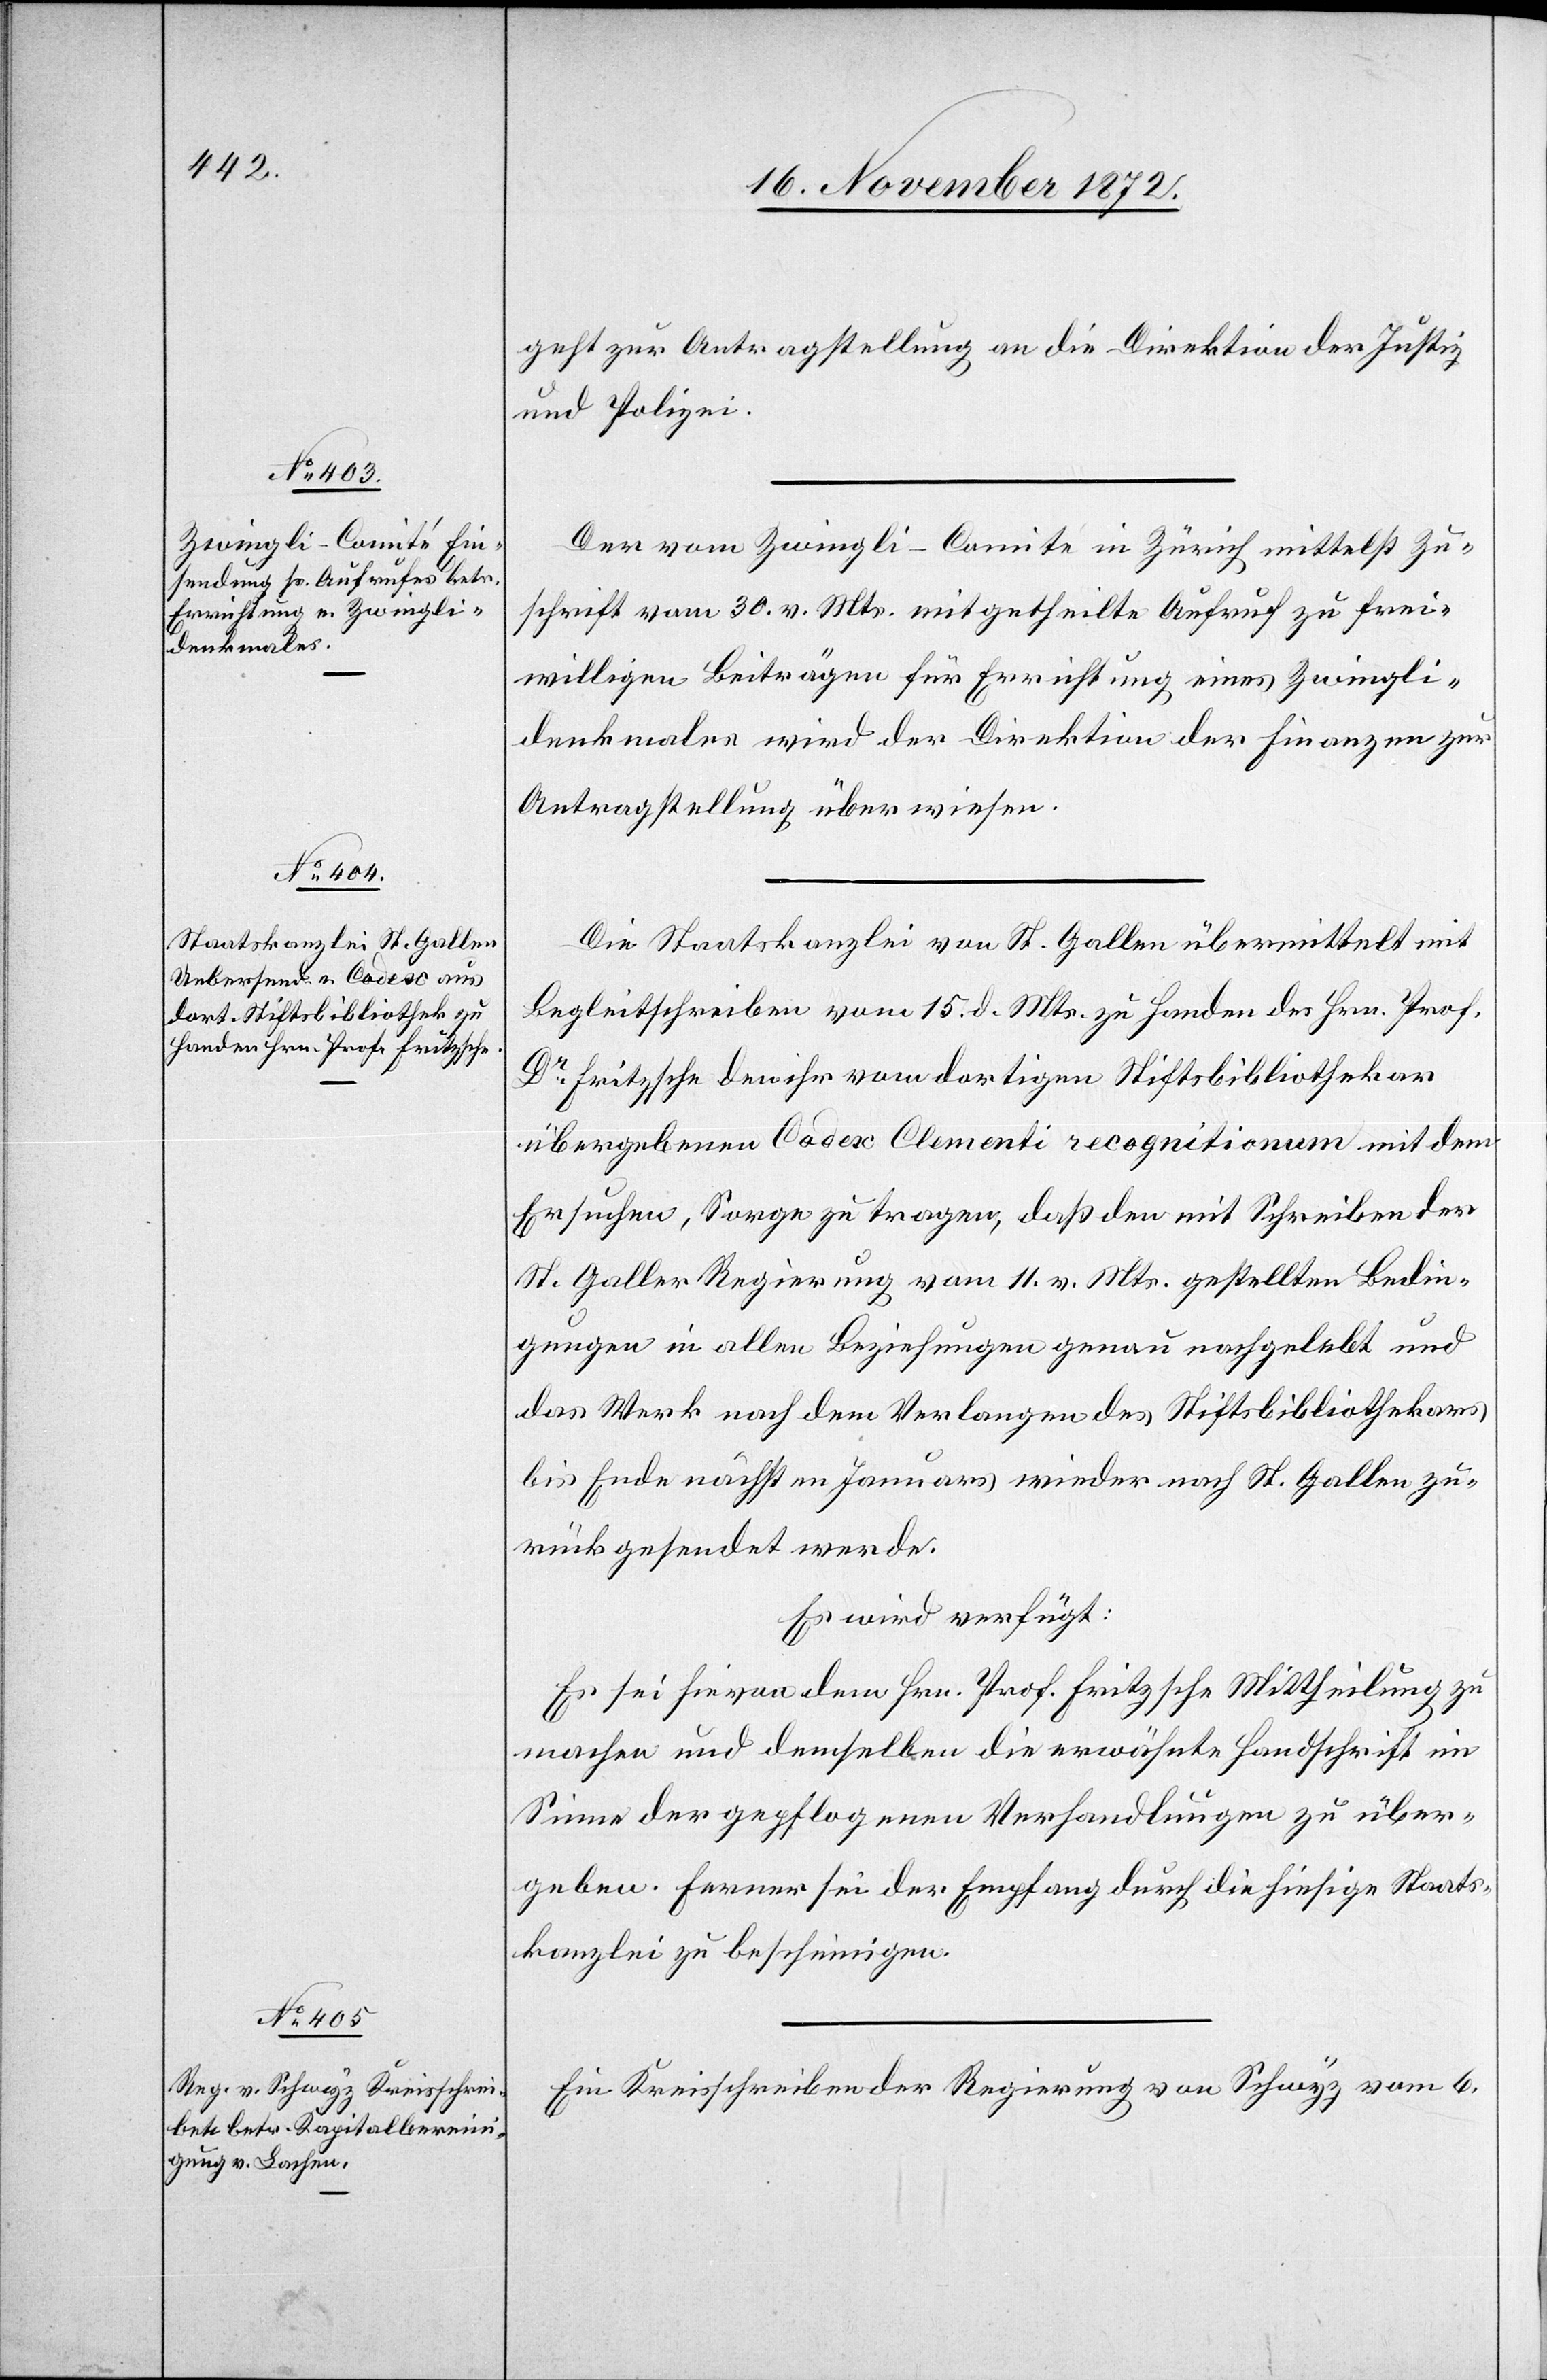
18. November 1872.]
geht zur Antragstellung an die Direktion der Justiz
und Polizei.
Der vom Zwingli-Comité in Zürich mittelst Zu¬
schrift vom 30. v. Mts. mitgetheilte Aufruf zu frei¬
willigen Beiträgen für Errichtung eines Zwingli¬
denkmales wird der Direktion der Finanzen zur
Antragstellung überwiesen.
Die Staatskanzlei von St. Gallen übermittelt mit
Begleitschreiben vom 15. d. Mts. zu Handen des Hrn. Prof.
Dr Fritzsche den ihr vom dortigen Stiftsbibliothekar
übergebenen Codex Clementi recognitionum mit dem
Ersuchen, Sorge zu tragen, daß den mit Schreiben des
St. Galler Regierung vom 11. v. Mts. gestellten Bedin¬
gungen in allen Beziehungen genau nachgelebt und
das Werk nach dem Verlangen des Stiftsbibliothekars
bis Ende nächsten Januars wieder nach St. Gallen zu¬
rückgesendet werde.
Es wird verfügt:
Es sei hievon dem Hrn. Prof. Fritzsche Mittheilung zu
machen und demselben die erwähnte Handschrift im
Sinne der gepflogenen Verhandlungen zu über¬
geben. Ferner sei der Empfang durch die hiesige Staats¬
kanzlei zu bescheinigen.
Ein Kreisschreiben der Regierung von Schwyz vom 6.